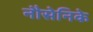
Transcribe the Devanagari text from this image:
नौसेनिके